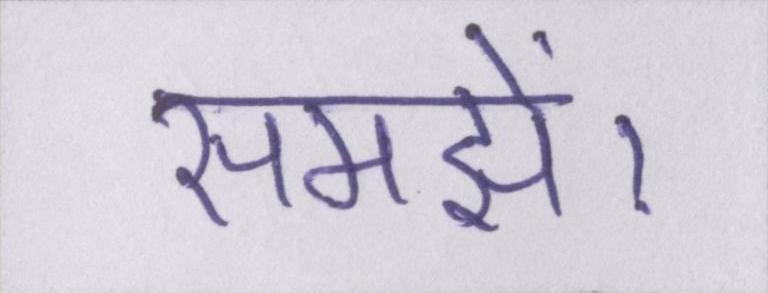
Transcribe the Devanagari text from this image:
समझें।